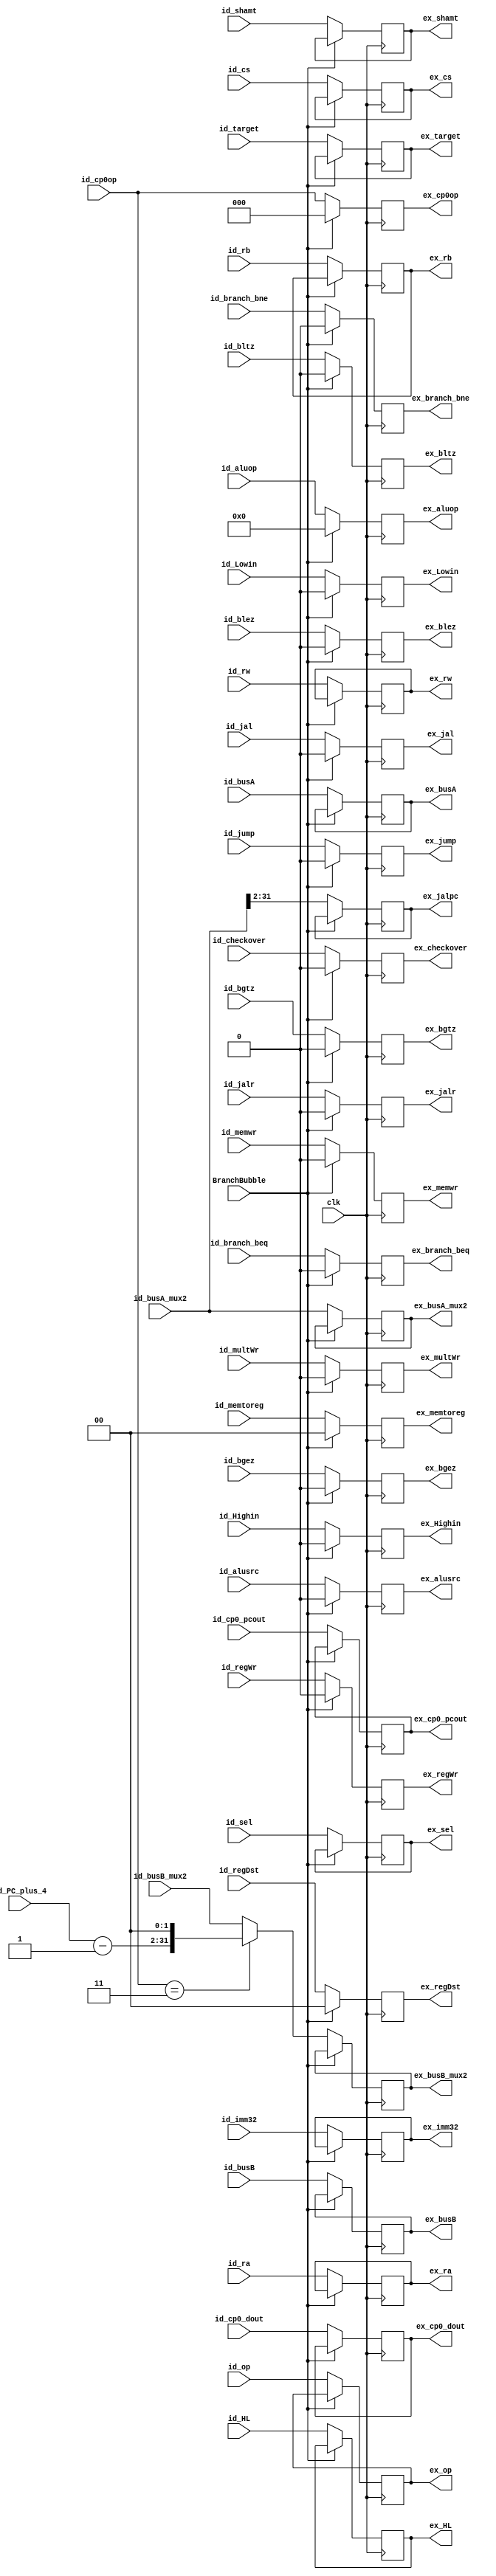
module id_ex(clk,BranchBubble,id_PC_plus_4,id_busA,id_busA_mux2,id_busB,id_busB_mux2,id_HL,id_ra,id_rb,id_rw,id_imm32,id_regWr,id_multWr,id_regDst,id_alusrc,id_memwr,id_memtoreg,id_checkover,id_aluop,id_shamt,id_op,id_Lowin,id_Highin,id_cp0op,id_cs,id_sel,id_cp0_dout,id_cp0_pcout,id_branch_beq,id_branch_bne,id_bltz,id_blez,id_bgez,id_bgtz,id_jalr,id_jal,id_jump,id_target,
				ex_busA,ex_busA_mux2,ex_busB,ex_busB_mux2,ex_HL,ex_ra,ex_rb,ex_rw,ex_imm32,ex_regWr,ex_multWr,ex_regDst,ex_alusrc,ex_memwr,ex_memtoreg,ex_checkover,ex_aluop,ex_shamt,ex_op,ex_Lowin,ex_Highin,ex_cp0op,ex_cs,ex_sel,ex_cp0_dout,ex_cp0_pcout,ex_branch_beq,ex_branch_bne,ex_bltz,ex_blez,ex_bgez,ex_bgtz,ex_jalr,ex_jal,ex_jump,ex_jalpc,ex_target);

input wire clk,BranchBubble,id_regWr,id_alusrc,id_memwr,id_checkover,id_multWr,id_Lowin,id_Highin,id_branch_beq,id_branch_bne,id_bltz,id_blez,id_bgez,id_bgtz,id_jalr,id_jal,id_jump;
input wire[31:0] id_busA,id_busB,id_imm32,id_HL,id_busA_mux2,id_cp0_dout,id_busB_mux2;
input wire[4:0] id_ra,id_rb,id_rw,id_cs;
input wire[4:0] id_aluop,id_shamt;
input wire[5:0] id_op;
input wire[1:0] id_memtoreg,id_regDst;
input wire[2:0] id_cp0op,id_sel;
input wire[29:0] id_cp0_pcout,id_PC_plus_4;
input wire[25:0] id_target;

output reg ex_regWr,ex_alusrc,ex_memwr,ex_checkover,ex_multWr,ex_Lowin,ex_Highin,ex_branch_beq,ex_branch_bne,ex_bltz,ex_blez,ex_bgez,ex_bgtz,ex_jalr,ex_jal,ex_jump;
output reg[31:0] ex_busA,ex_busB,ex_imm32,ex_HL,ex_busA_mux2,ex_cp0_dout,ex_busB_mux2;
output reg[4:0] ex_ra,ex_rb,ex_rw,ex_cs;
output reg[4:0] ex_aluop,ex_shamt;
output reg[5:0] ex_op;
output reg[1:0] ex_memtoreg,ex_regDst;
output reg[2:0] ex_cp0op,ex_sel;
output reg[29:0] ex_cp0_pcout,ex_jalpc;
output reg[25:0] ex_target;

initial begin
	ex_ra = 5'd0;
	ex_rb = 5'd0;
	ex_rw = 5'd0;
	ex_busA = 32'd0;
	ex_busB = 32'd0;
	ex_imm32 = 32'd0;
	ex_HL = 32'b0;
	ex_aluop = 5'd0;
	ex_shamt = 5'd0;
	ex_regWr = 0;
	ex_multWr = 0;
	ex_regDst = 0;
	ex_alusrc = 0;
	ex_memwr = 0;
	ex_memtoreg = 2'd0;
	ex_op = 6'd0;
	ex_checkover = 0;
	ex_busA_mux2 = 32'd0;
	ex_Lowin = 0;
	ex_Highin = 0;
	ex_cp0op = 3'd0;
	ex_sel = 3'd0;
	ex_cs = 5'd0;
	ex_cp0_dout = 32'd0;
	ex_branch_beq = 0;
	ex_branch_bne = 0;
	ex_bltz = 0;
	ex_blez = 0;
	ex_bgez = 0;
	ex_bgtz = 0;
	ex_jalr = 0;
	ex_jal = 0;
	ex_jump = 0;
	ex_jalpc = 30'd0;
	ex_cp0_pcout = 30'd0;
	ex_target = 26'd0;
	ex_busB_mux2 = 32'd0;
end

always@(posedge clk)
begin
	if(clk) begin
	if(BranchBubble) begin
		ex_regWr = 0;
		ex_multWr = 0;
		ex_regDst = 0;
		ex_alusrc = 0;
		ex_memwr = 0;
		ex_memtoreg = 2'd0;
		ex_checkover = 0;
		ex_aluop = 5'd0;
		ex_Lowin = 0;
		ex_Highin = 0;
		ex_branch_beq = 0;
		ex_branch_bne = 0;
		ex_bltz = 0;
		ex_blez = 0;
		ex_bgez = 0;
		ex_bgtz = 0;
		ex_jalr = 0;
		ex_jal = 0;
		ex_jump = 0;
		ex_cp0op = 3'b000;
	end
	else begin
		ex_ra = id_ra;
		ex_rb = id_rb;
		ex_rw = id_rw;
		ex_busA = id_busA;
		ex_busB = id_busB;
		ex_imm32 = id_imm32;
		ex_HL = id_HL;
		ex_aluop = id_aluop;
		ex_shamt = id_shamt;
		ex_regWr = id_regWr;
		ex_multWr = id_multWr;
		ex_regDst = id_regDst;
		ex_alusrc = id_alusrc;
		ex_memwr = id_memwr;
		ex_memtoreg = id_memtoreg;
		ex_op = id_op;
		ex_checkover = id_checkover;
		ex_busA_mux2 = id_busA_mux2;
		ex_Lowin = id_Lowin;
		ex_Highin = id_Highin;
		ex_cp0op = id_cp0op;
		if(ex_cp0op == 3'b011) begin
			ex_busB_mux2 = {id_PC_plus_4 - 1,{2'b0}};
		end
		else begin
			ex_busB_mux2 = id_busB_mux2;
		end
		ex_cs = id_cs;
		ex_sel = id_sel;
		ex_cp0_dout = id_cp0_dout;
		ex_branch_beq = id_branch_beq;
		ex_branch_bne = id_branch_bne;
		ex_bltz = id_bltz;
		ex_blez = id_blez;
		ex_bgez = id_bgez;
		ex_bgtz = id_bgtz;
		ex_jalr = id_jalr;
		ex_jal = id_jal;
		ex_jump = id_jump;
		ex_cp0_pcout = id_cp0_pcout;
		ex_jalpc = id_busA_mux2[31:2];
		ex_target = id_target;
	end
	end
end
endmodule